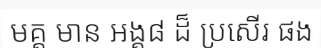
មគ្គ មាន អង្គ៨ ដ៏ ប្រសើរ ផង